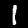
Digit: 1